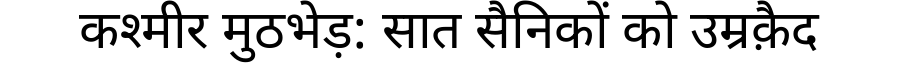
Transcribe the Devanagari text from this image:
कश्मीर मुठभेड़: सात सैनिकों को उम्रक़ैद